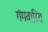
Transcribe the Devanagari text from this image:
गंगवारिय